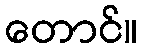
တောင်။